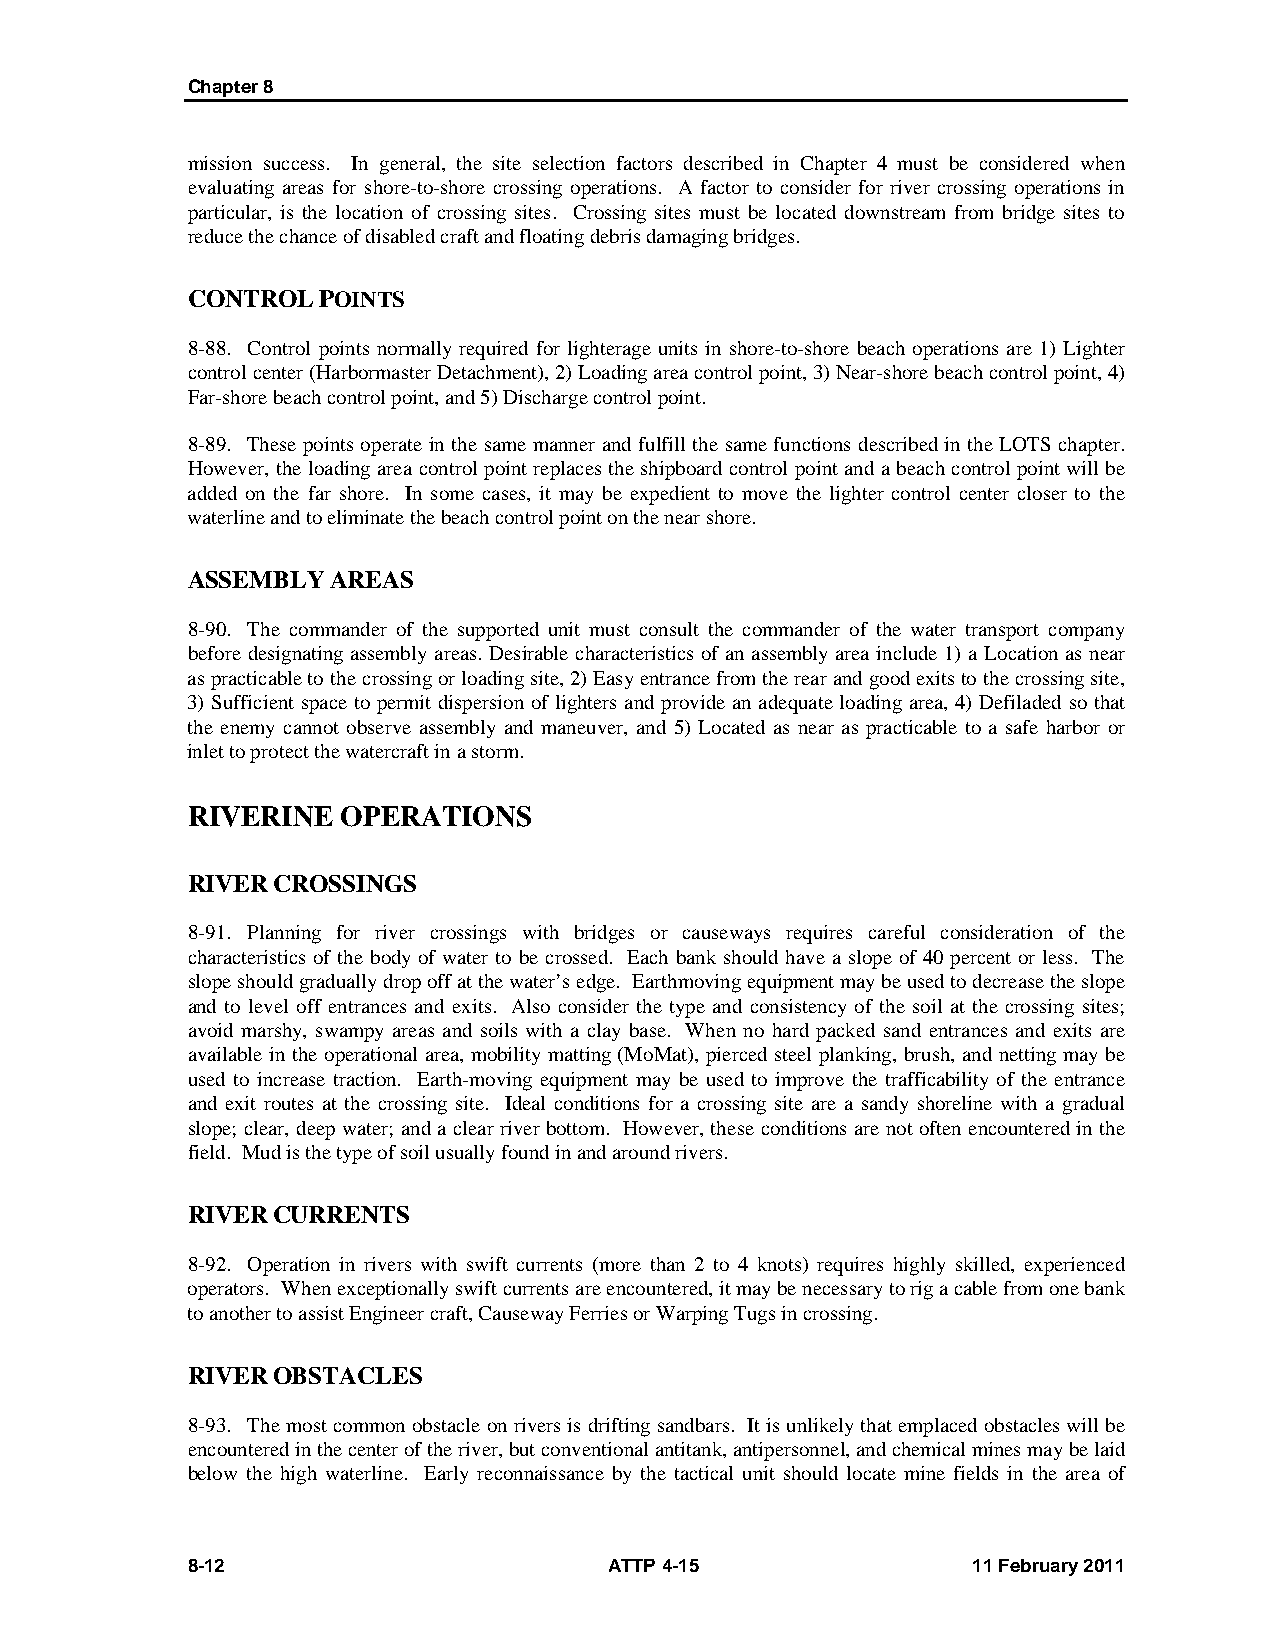
Chapter 8
 mission success. In general, the site selection factors described in Chapter 4 must be considered when
 evaluating areas for shore-to-shore crossing operations. A factor to consider for river crossing operations in
 particular, is the location of crossing sites. Crossing sites must be located downstream from bridge sites to
 reduce the chance of disabled craft and floating debris damaging bridges.
 CONTROL  POINTS
 8-88. Control points normally required for lighterage units in shore-to-shore beach operations are 1) Lighter
 control center (Harbormaster Detachment), 2) Loading area control point, 3) Near-shore beach control point, 4)
 Far-shore beach control point, and 5) Discharge control point.
 8-89. These points operate in the same manner and fulfill the same functions described in the LOTS chapter.
 However, the loading area control point replaces the shipboard control point and a beach control point will be
 added on the far shore. In some cases, it may be expedient to move the lighter control center closer to the
 waterline and to eliminate the beach control point on the near shore.
 ASSEMBLY  AREAS
 8-90. The commander of the supported unit must consult the commander of the water transport company
 before designating assembly areas. Desirable characteristics of an assembly area include 1) a Location as near
 as practicable to the crossing or loading site, 2) Easy entrance from the rear and good exits to the crossing site,
 3) Sufficient space to permit dispersion of lighters and provide an adequate loading area, 4) Defiladed so that
 the enemy cannot observe assembly and maneuver, and 5) Located as near as practicable to a safe harbor or
 inlet to protect the watercraft in a storm.
 RIVERINE   OPERATIONS
 RIVER CROSSINGS
 8-91. Planning for river crossings with bridges or causeways requires careful consideration of the
 characteristics of the body of water to be crossed. Each bank should have a slope of 40 percent or less. The
 slope should gradually drop off at the water’s edge. Earthmoving equipment may be used to decrease the slope
 and to level off entrances and exits. Also consider the type and consistency of the soil at the crossing sites;
 avoid marshy, swampy areas and soils with a clay base. When no hard packed sand entrances and exits are
 available in the operational area, mobility matting (MoMat), pierced steel planking, brush, and netting may be
 used to increase traction. Earth-moving equipment may be used to improve the trafficability of the entrance
 and exit routes at the crossing site. Ideal conditions for a crossing site are a sandy shoreline with a gradual
 slope; clear, deep water; and a clear river bottom. However, these conditions are not often encountered in the
 field. Mud is the type of soil usually found in and around rivers.
 RIVER CURRENTS
 8-92. Operation in rivers with swift currents (more than 2 to 4 knots) requires highly skilled, experienced
 operators. When exceptionally swift currents are encountered, it may be necessary to rig a cable from one bank
 to another to assist Engineer craft, Causeway Ferries or Warping Tugs in crossing.
 RIVER OBSTACLES
 8-93. The most common obstacle on rivers is drifting sandbars. It is unlikely that emplaced obstacles will be
 encountered in the center of the river, but conventional antitank, antipersonnel, and chemical mines may be laid
 below the high waterline. Early reconnaissance by the tactical unit should locate mine fields in the area of
 8-12                        ATTP 4-15               11 February 2011